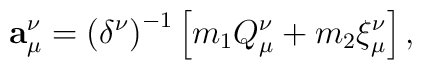
{\bf a}_{\mu }^{\nu }=\left( \delta ^{\nu }\right) ^{-1}\left[m_{1}Q_{\mu }^{\nu }+m_{2}\xi _{\mu }^{\nu }\right],